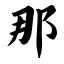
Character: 那